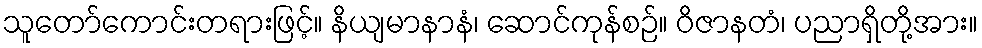
သူတော်ကောင်းတရားဖြင့်။ နိယျမာနာနံ၊ ဆောင်ကုန်စဉ်။ ဝိဇာနတံ၊ ပညာရှိတို့အား။